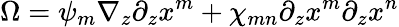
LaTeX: \Omega=\psi_{m}\nabla_{z}\partial_{z}x^{m}+\chi_{mn}\partial_{z}x^{m}\partial_{z}x^{n}